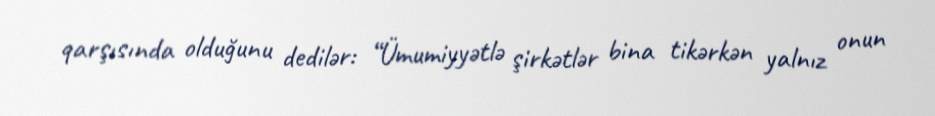
qarşısında olduğunu dedilər: “Ümumiyyətlə şirkətlər bina tikərkən yalnız onun